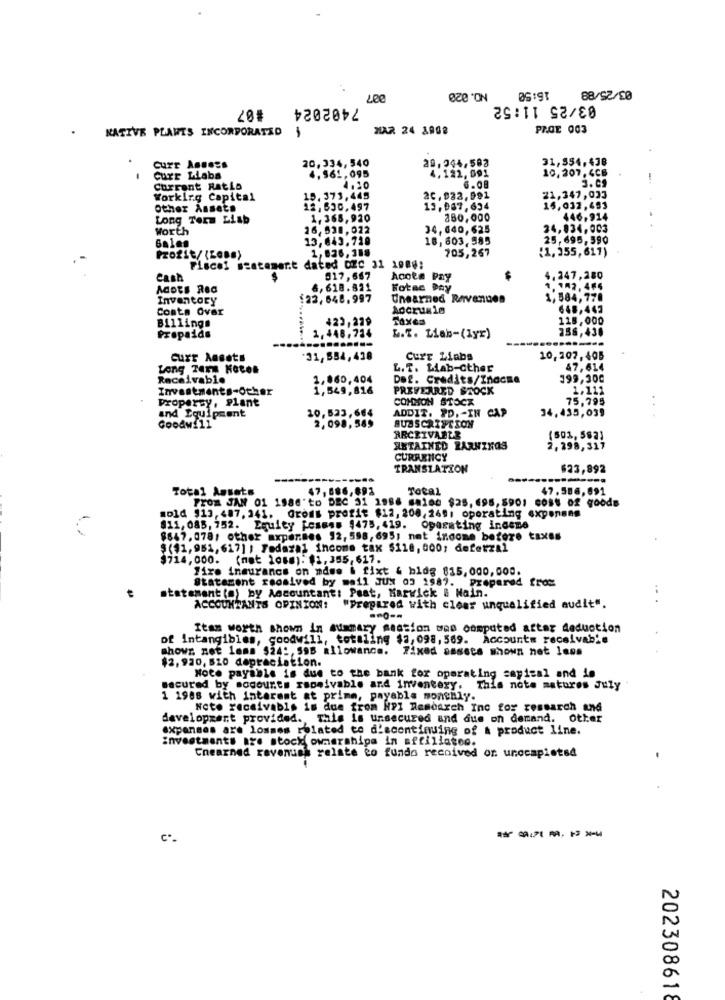
03/25/88
NO.020
16:50
#87
7402024
03/25 11:52
NATIVE PLANTS INCORPORATED
MAR 24 1008
PAGE 003
20,334, 540
20,244,583
31,854.438
Curr Assess
4.122, 091
10, 207, 4GB
Curr Llaba
4,561,095
3.09
Current Ratio
4.20
6.08
Working Capital
15.373,445
2C, 933, 991
21,347,033
Other Assets
12,630.497
13.067.634
15,032,493
Long Term Liab
1.365,920
280,000
446.914
Worth
16,538,022
34, 640, 625
24,034,003
..
Sales
13,643.720
18,603.985
25,695,590
1,836,388
(1, 355, 617)
Profit/ (ZaB.)
705,267
Fiscel statement dated DEC 31 1988:
Cash
917,667
Acote Pay
4.247,280
Adots Rea
6,618.821
Notas Pay
1.182,4€4
Inventory
123,648.997
Unearned Revenues
1,584,770
Conta Over
Accrusle
648,443
Billings
423,229
128,000
338,430
Prepaida
L.f. Liab-(lyr)
curr Ansats
31,554, 438
Curr Liabs
10,207, 405
Long Term Kotel
L.T. Lab-other
47,614
Receivable
1,860,404
Det. Credits/Inacme
199,300
Investments-Other
1,549,816
PREFERRED STOCK
1.111
Property, Plant
COMMON STOCK
75,795
and Equipment
10,523,664
ADDIT. PD. - IN CAP
34,435,039
Goodwill
2,098,589
SUBSCRIPTION
ARCEIVABLE
(503, 582)
ANTAINED BARNZNOS
2,298,317
CURRENCY
TRANSLATION
$23,892
----.
Total Assets
47,886,893
Total
47.586, 691
PrOm JAN 01 1986'to DEC 31 1986 ##160 $25, 695,5901 6085 02 goods
#01d $13,487, 341. Gross profit $12, 208, 269; operating exponeng
811, 085, 752. Equity Femmes 9475, 419. Operating indeme
$847,078, other expenses 92, 598,695; net income before taxes
$(11,951, 617] ) Tedazal income tax $110, 000; deferzal
$714,000. (nat 108m): $1, 355, 617.
Fire insurance on mdse & fixt & bldg $15,000,000.
Statement roosived by meil JUM 03 1987. Prepared fros
statement(a) by Accountant: Paat, Marwick & Nain.
ACCOUNTANTS OPINION: "Prepared with clear unqualified audit".
----
Itam worth shown in summary session won computed aftar deduction
of Intangibles, goodwill, totaling $2,098, 569. Accounts receivable
showr. net lems $24 :, 59B allowance. Fixed assets shown not laos
$2,920, 510 depreciation.
Note payable is due to the bank for operating sayisal and is
secured by socourts rapeivable and inventory. This note matures July
1 1988 with interest at primm, payable monthly.
Neto receivable is due from MPI Research Ine for research and
developzert provided. This is unsecured and due on demand. Other
expanses are lommes related to d'scontinuing of & product line.
investments are stock ownershipa in affiliatec.
Cnearned revenues relate to fundo recoived or. unocapletsd
------
202308618